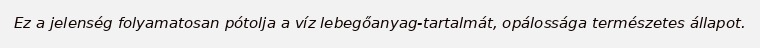
Ez a jelenség folyamatosan pótolja a víz lebegőanyag-tartalmát, opálossága természetes állapot.